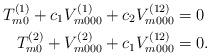
LaTeX: \begin{align*}T^{(1)}_{m0}+c_1V^{(1)}_{m000}+c_2V^{(12)}_{m000}&=0\\T^{(2)}_{m0}+V^{(2)}_{m000}+c_1V^{(12)}_{m000}&=0.\end{align*}